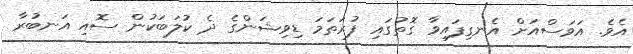
އެވެ. އަވަސްއަށް އެނގިފައިވާ ގޮތުގައި ފުރަތަމަ ޑިވިޝަންގެ ދެ ކުލަބަކުން ސޮއި އަނބުރާ